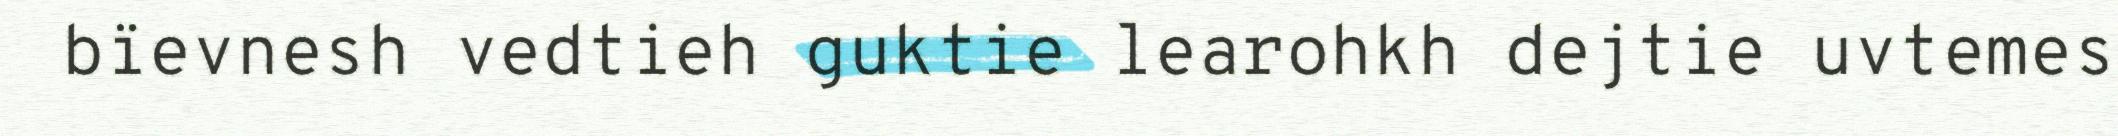
bïevnesh vedtieh guktie learohkh dejtie uvtemes